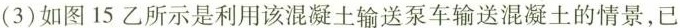
(3)如图15乙所示是利用该混凝土输送泵车输送混凝土的情景，已